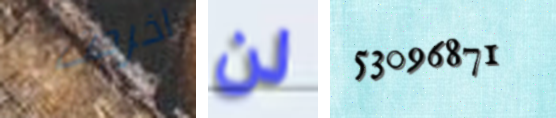
اخرجت لن 53096871